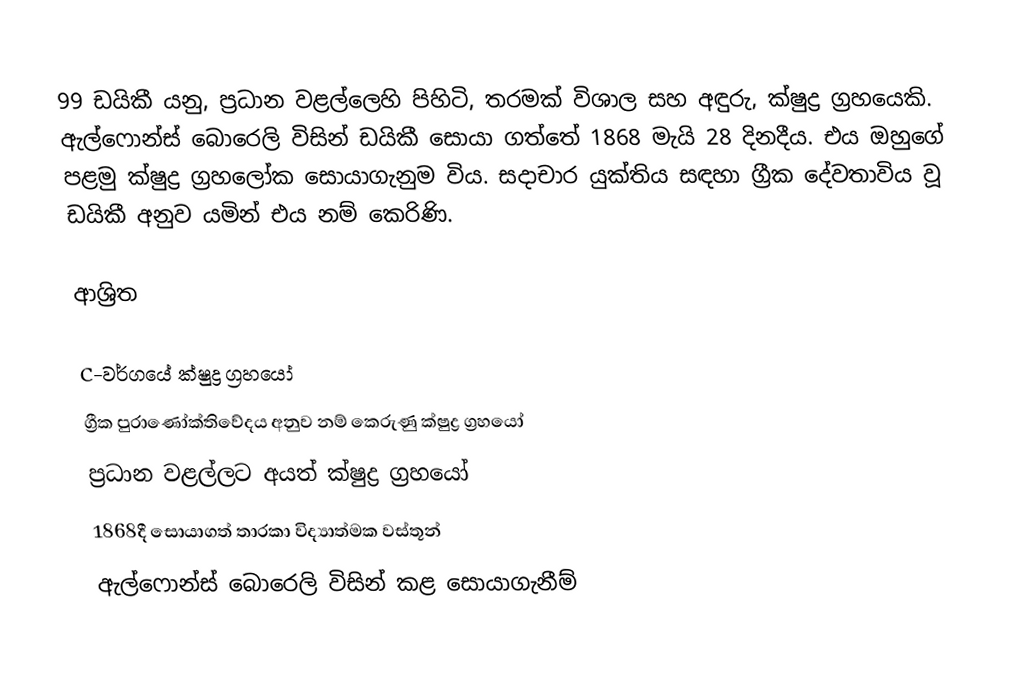
99 ඩයිකී යනු,  ප්‍රධාන වළල්ලෙහි පිහිටි,  තරමක් විශාල සහ අඳුරු,  ක්ෂුද්‍ර ග්‍රහයෙකි. ඇල්ෆොන්ස් බොරෙලි විසින් ඩයිකී සොයා ගත්තේ  1868 මැයි 28 දිනදීය. එය ඔහුගේ පළමු ක්ෂුද්‍ර ග්‍රහලෝක සොයාගැනුම විය. සදාචාර  යුක්තිය සඳහා  ග්‍රීක දේවතාවිය වූ  ඩයිකී අනුව යමින් එය නම් කෙරිණි.

ආශ්‍රිත

C-වර්ගයේ ක්ෂුද්‍ර ග්‍රහයෝ
ග්‍රීක පුරාණෝක්තිවේදය අනුව නම් කෙරුණු ක්ෂුද්‍ර ග්‍රහයෝ
ප්‍රධාන වළල්ලට අයත් ක්ෂුද්‍ර ග්‍රහයෝ
1868දී සොයාගත් තාරකා විද්‍යාත්මක වස්තූන්
ඇල්ෆොන්ස් බොරෙලි විසින් කළ සොයාගැනීම්